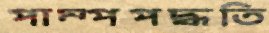
পাম্পপদ্ধতি